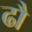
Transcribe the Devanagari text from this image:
ढौ